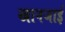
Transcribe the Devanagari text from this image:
खानजाई